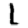
Digit: 1